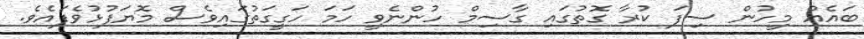
ބައެއް މީހުން ސިފަ ކުރާ ގޮތުގައި ގާސިމް ހުންނެވީ ހަމަ ހަގީގަތުގައިވެސް މޮޔަފުޅުވެފައެވެ.